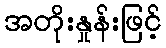
အတိုးနှုန်းဖြင့်